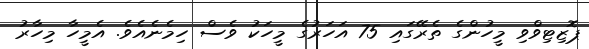
ޕޮޒިޓިވްވި މީހުންގެ ތެރޭގައި 75 އަހަރުގެ މީހަކު ވެސް ހިމެނެއެވެ. އެމީހާ މިހާރު